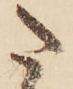
た